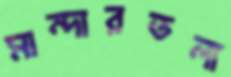
মান্দারতলা